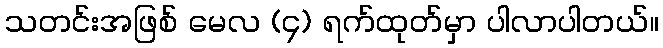
သတင်းအဖြစ် မေလ (၄) ရက်ထုတ်မှာ ပါလာပါတယ်။